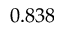
0 . 8 3 8